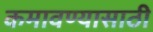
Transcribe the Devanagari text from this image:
कमावण्यासाठी